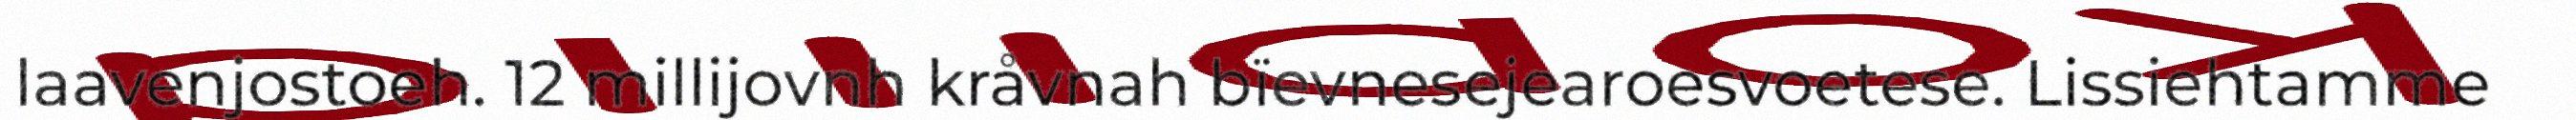
laavenjostoeh. 12 millijovnh kråvnah bïevnesejearoesvoetese. Lissiehtamme